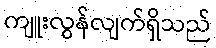
ကျူးလွန်လျက်ရှိသည်